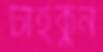
টাইকুন